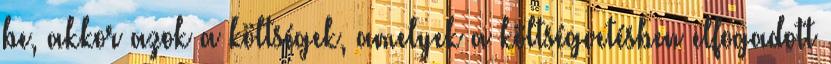
be, akkor azok a költségek, amelyek a költségvetésben elfogadott